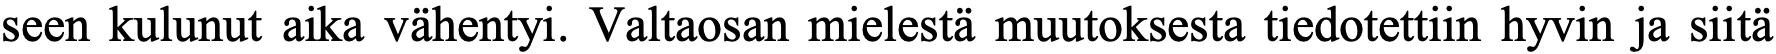
seen kulunut aika vähentyi. Valtaosan mielestä muutoksesta tiedotettiin hyvin ja siitä